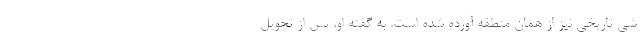
شی تاریخی نیز از همان منطقه آورده شده است. به گفته او، پس از تحویل